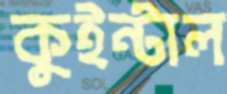
কুইন্টাল